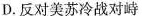
D.反对美苏冷战对峙